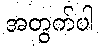
အတွက်ပါ